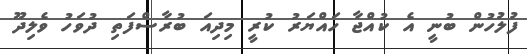
ފުލުހުން ބުނީ އެ ކުއްޖާ ހައްޔަރު ކުރީ މިދިއަ ބުރާސްފަތި ދުވަހު ވެލިދޫ